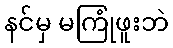
နင်မှ မကြုံဖူးဘဲ